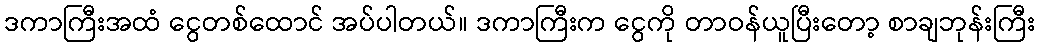
ဒကာကြီးအထံ ငွေတစ်ထောင် အပ်ပါတယ်။ ဒကာကြီးက ငွေကို တာဝန်ယူပြီးတော့ စာချဘုန်းကြီး